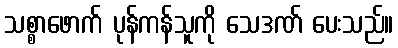
သစ္စာဖောက် ပုန်ကန်သူကို သေဒဏ် ပေးသည်။